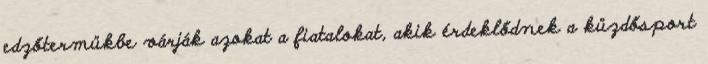
edzőtermükbe várják azokat a fiatalokat, akik érdeklődnek a küzdősport